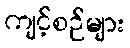
ကျင့်စဉ်များ